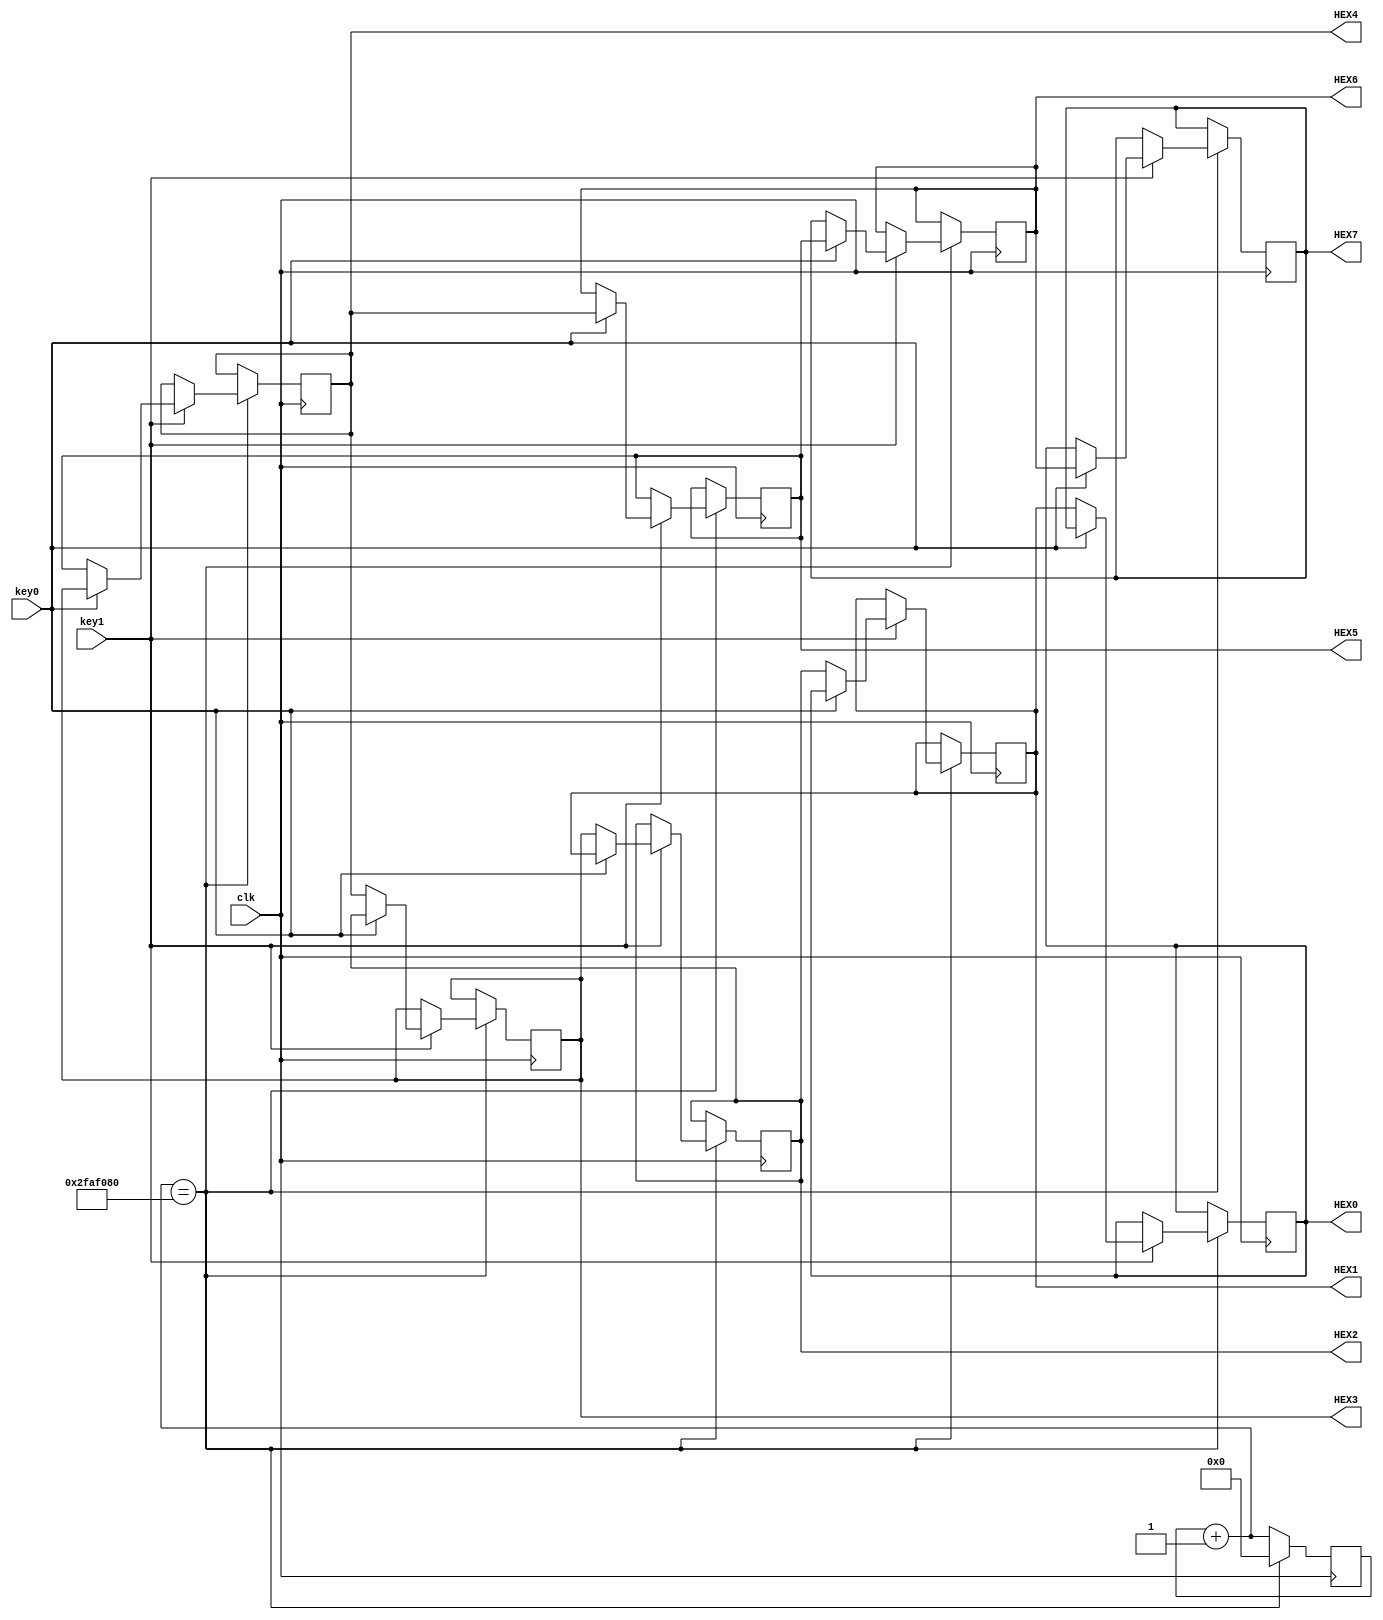
module L6part4(key0,key1,clk,HEX0,HEX1,HEX2,HEX3,HEX4,HEX5,HEX6,HEX7);
	input key0,key1,clk;
	output reg [0:6] HEX0,HEX1,HEX2,HEX3,HEX4,HEX5,HEX6,HEX7; 
	reg [25:0] cnt;
	
	initial begin
	cnt = 0;
	HEX7 = 7'b1111111;
	HEX6 = 7'b1111111;
	HEX5 = 7'b1111111;
	HEX4 = 7'b1001000;
	HEX3 = 7'b0110000;
	HEX2 = 7'b1110001;
	HEX1 = 7'b1110001;
	HEX0 = 7'b0000001;
	
	end
	
	always @(posedge clk) begin
		cnt = cnt + 1;
		if (cnt == 50000000) begin
		
			if(key1 == 0) begin // When key1 is pushed, Stop
			HEX7 <= HEX7;
			HEX6 <= HEX6;
			HEX5 <= HEX5;
			HEX4 <= HEX4;
			HEX3 <= HEX3;
			HEX2 <= HEX2;
			HEX1 <= HEX1;
			HEX0 <= HEX0;
			end
			
			else if(key0 == 0) begin //when key0 is pushed, right shifted
			HEX0 <= HEX1;
			HEX1 <= HEX2;
			HEX2 <= HEX3;
			HEX3 <= HEX4;
			HEX4 <= HEX5;
			HEX5 <= HEX6;
			HEX6 <= HEX7;
			HEX7 <= HEX0;
			end
			
			else begin //when default, left shifted

			HEX7 <= HEX6;
			HEX6 <= HEX5;
			HEX5 <= HEX4;
			HEX4 <= HEX3;
			HEX3 <= HEX2;
			HEX2 <= HEX1;
			HEX1 <= HEX0;
			HEX0 <= HEX7;
			end

		cnt = 0;
		end
	end
endmodule